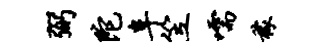
弼陀阜笠嚅稼